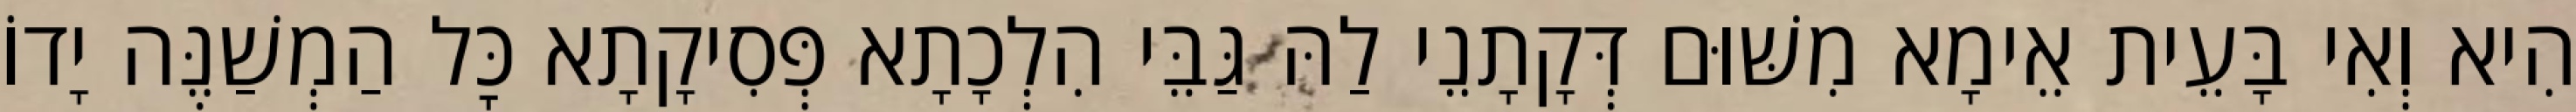
הִיא וְאִי בָּעֵית אֵימָא מִשּׁוּם דְּקָתָנֵי לַהּ גַּבֵּי הִלְכָתָא פְּסִיקָתָא כׇּל הַמְשַׁנֶּה יָדוֹ